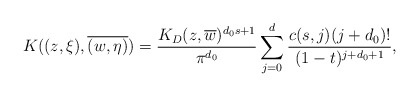
\begin{align*}K((z,\xi),\overline{(w, \eta)})=\frac{K_{D}(z,\overline{w})^{d_{0}s+1}}{\pi^{d_{0}}}\sum_{j=0}^{d}\frac{c(s,j)(j+d_{0})!}{(1-t)^{j+d_{0}+1}},\end{align*}